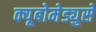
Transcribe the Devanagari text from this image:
क्यूबोमेड्युसे